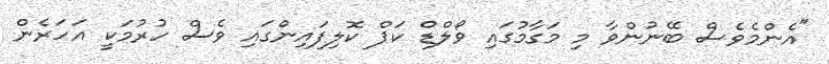
"އެންމެވެސް ބޭނުންވާ މި މަގާމުގައި ވޯލްޑް ކަޕް ކޮލިފައިންގައި ވެސް ހުރުމަކީ އަހަރެން